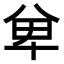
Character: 𭁏